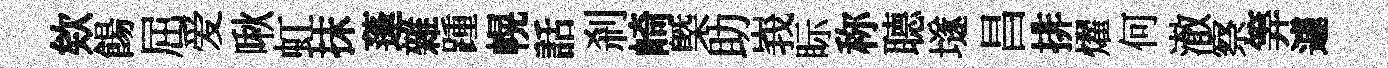
欸餳屈爱啾虹抹蓬雜踵幌話剎崎㮣助峩眎称𦗟𡑞昌排燿何澈察筭遽